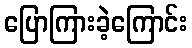
ပြောကြားခဲ့ကြောင်း